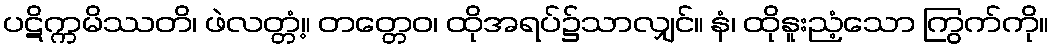
ပဋိက္ကမိဿတိ၊ ဖဲလတ္တံ့။ တတ္တေဝ၊ ထိုအရပ်၌သာလျှင်။ နံ၊ ထိုနူးညံ့သော ကြွက်ကို။